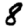
Digit: 8